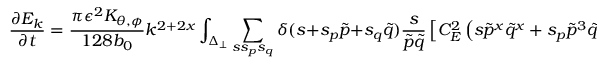
\frac { \partial E _ { k } } { \partial t } = \frac { \pi \epsilon ^ { 2 } K _ { \theta , \phi } } { 1 2 8 b _ { 0 } } k ^ { 2 + 2 x } \int _ { \Delta _ { \perp } } \sum _ { s s _ { p } s _ { q } } \delta ( s + s _ { p } \tilde { p } + s _ { q } \tilde { q } ) \frac { s } { \tilde { p } \tilde { q } } \left[ C _ { E } ^ { 2 } \left( s { \tilde { p } } ^ { x } { \tilde { q } } ^ { x } + s _ { p } { \tilde { p } } ^ { 3 } { \tilde { q } } ^ { x } + s _ { q } { \tilde { p } } ^ { x } { \tilde { q } } ^ { 3 } \right) \right.